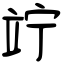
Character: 竚